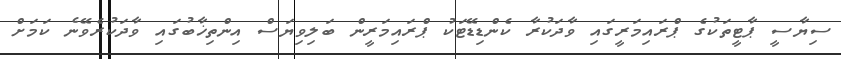
ސިޔާސީ ޕާޓީތަކުގެ ޕްރައިމަރީގައި ވާދަކުރާ ކެންޑިޑޭޓަކު ޕްރައިމަރީން ބަލިވިޔަސް އިންތިޚާބުގައި ވާދަކުރެވޭނެ ކަމަށް